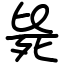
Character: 毙